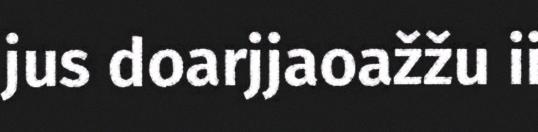
jus doarjjaoažžu ii